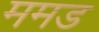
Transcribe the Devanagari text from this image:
ममड